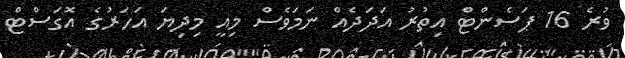
ވުރެ 16 ޕަސެންޓް އިތުރު އަދަދެއް ނަމަވެސް މިއީ މިދިޔަ އަހަރުގެ އޮގަސްޓް